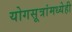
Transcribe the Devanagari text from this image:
योगसूत्रांमध्येही